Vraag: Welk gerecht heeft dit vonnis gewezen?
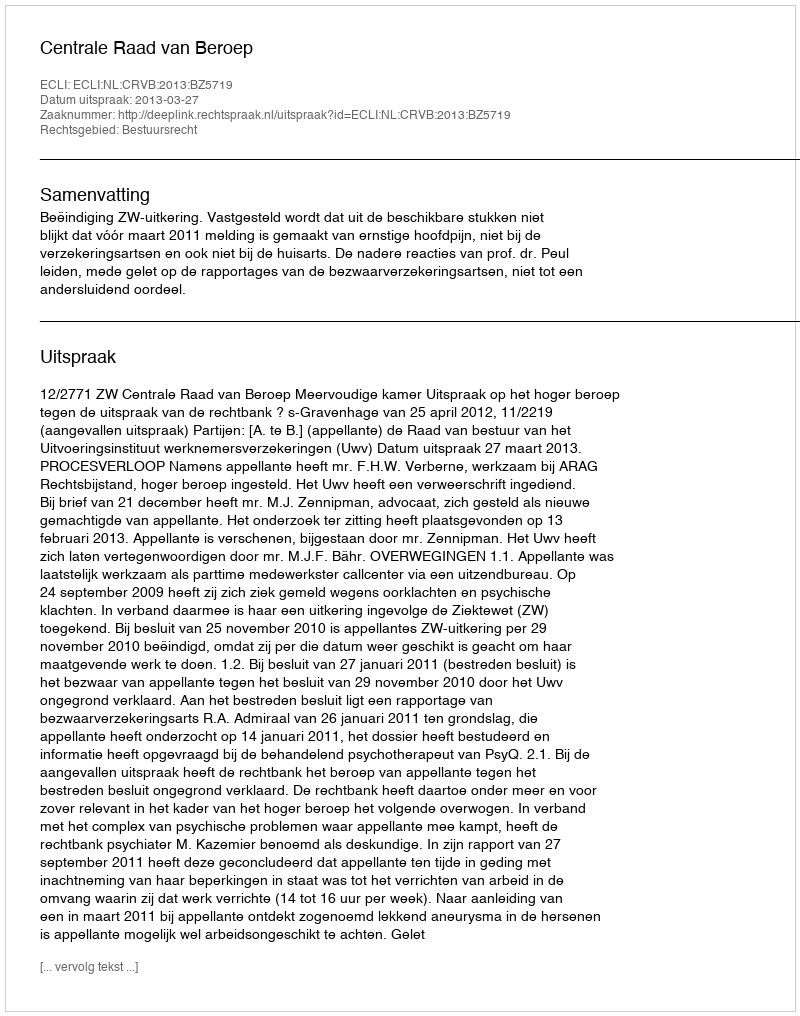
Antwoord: Centrale Raad van Beroep